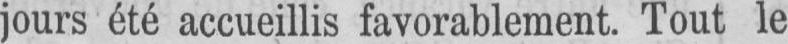
jours été accueillis favorablement. Tout le